Tartu_kinnistusamet, lk 9
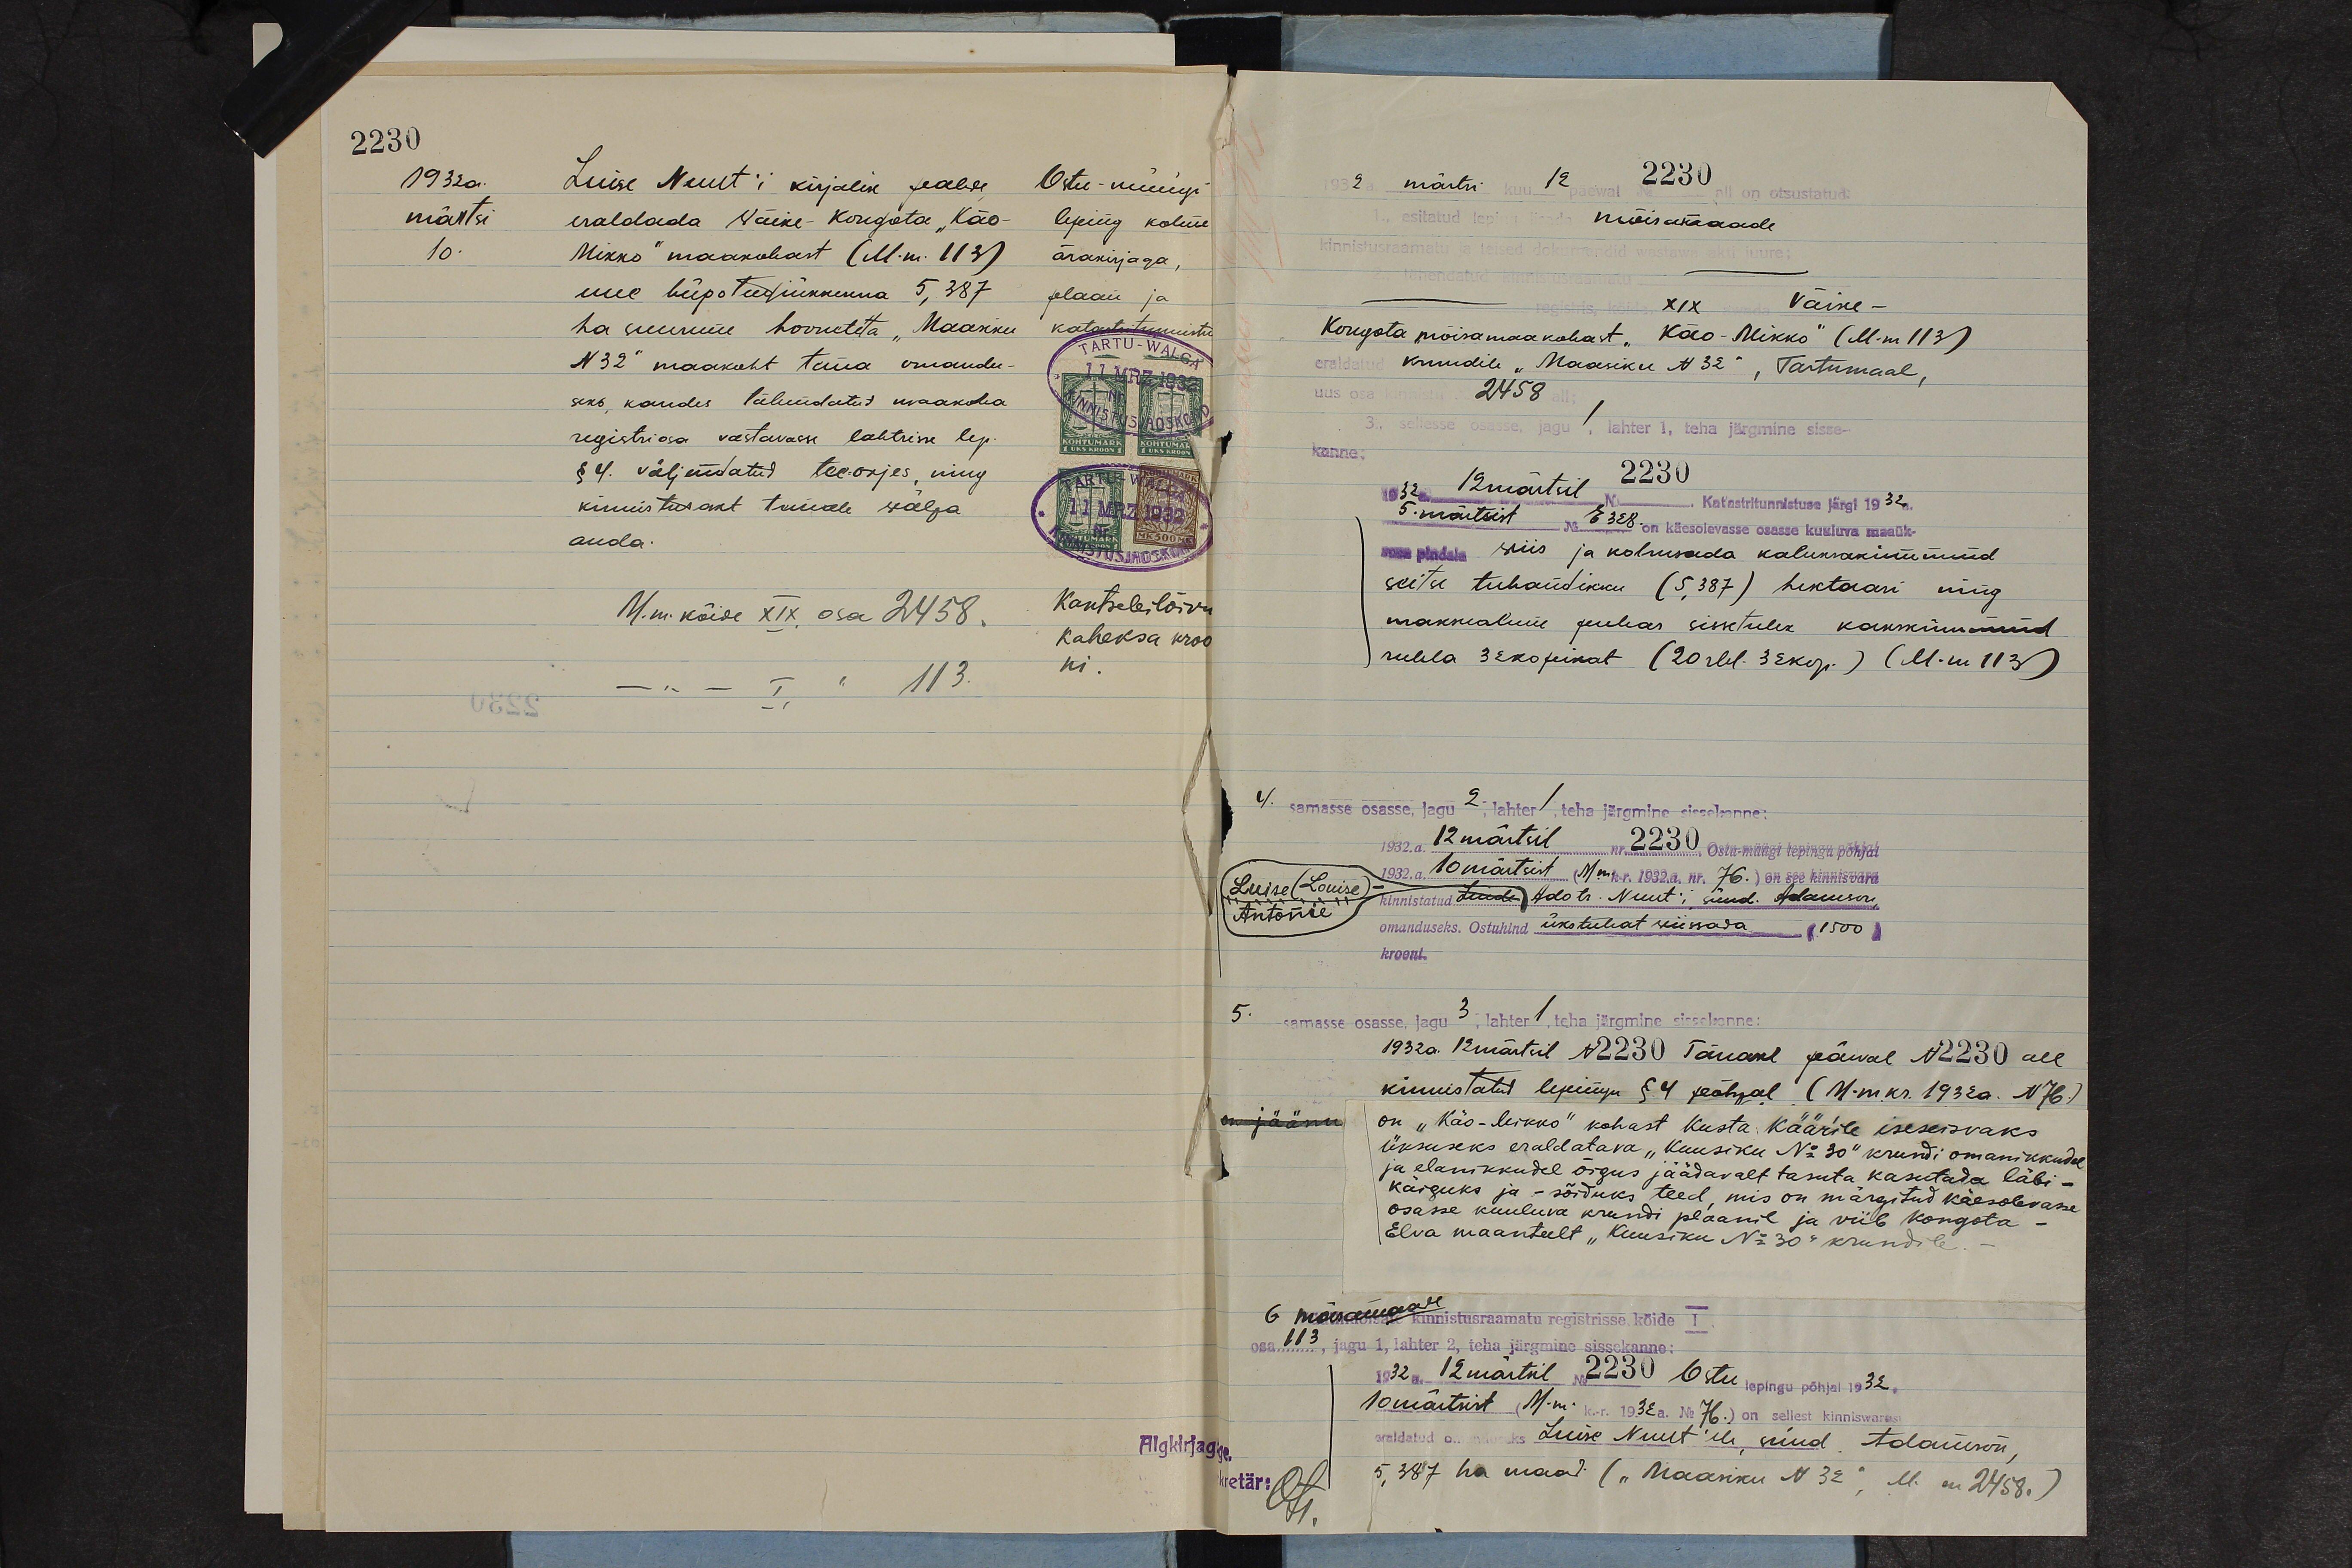
2230
1932a.
märtsi
10.
Luise Nuut'i kirjalik sealses
Ostu-müügi
eraldada Wäike-Kongota "Käo-
leping kolme
Mikko" maakohast (M.nr. 113)
ärakirjaga,
uue hüpoteekuna 5, 387
plaan ja
ha suurune hooneteta. Maasiku
katastritunnistu
N32" maakoht tuua omandu-
seks kandes tähendatud maakoha
registri osa vastavasse lahtrisse lep.
§ 4. väljendatud teo-orjes, ning
kinnistusakt tuuale wälja
anda.
M. nr. kõide XIX, osa 2438.
Kantseleilõivu
kaheksa kroo
ni.
- " - I, " 113.

1932 a. märtsi kuu 12 päewal No 2230 all on otsustatud
1. esitatud leping lisada mõisamaade
kinnistusraamatu ja teised dokumendid wastawa aktsi juure:
2. tähendatud kinnisturaamatu
registris, köide XIX avada Väike -
Kongota mõisamaakohast" Käo-Mikko" (M.nr 113)
eraldatud krundile "Maasiku N 32", Tartumaal,
uus osa kinnistu 2458
3. sellesse osasse, jagu, lahter 1, teha järgmine sisse-
kanne
1932 a. 12 märtsil Nr. 2230 Katastritunnistuse järgi 1932 a.
5. märtsist No. E328. on käesolevasse osasse kuuluva maaük-
suse pindala wiis ja kolmsada kaheksakümmend
seitse tuhandikku (5,387) hektaari ning
maksealune puhas sissetulek kakskümmend
rubla 32 kopikat (20 rbl. 32 kop.) (M. nr 113)
1/. samasse osasse, jagu 2. lahter / teha järamine sissekanne:
1932.a. 12 märtsil nr. 2230. ostu-müügi lepingu põhjal
Luise (Louise)-1932. a. 10 märtsist (M.nr. k.r.1932 nr. 76.) on see kinnisvara
Antonie
"kinnistatud tunde" Ado tr. Nuut'i sünd Adamson,
omanduseks. Ostuhind ükstuhat wiissada (1500)
krooni.
5. samasse osasse, jagu 3, lahter 1, teha järgmine sissekanne:
1932a. 12 märtsil N2230 Tänasel päeval No 2230 all
kinnistatud lepingu § 4 põhjal (M.nr.kr. 1932a. N76)
on jäänu
on "Käo-Mikko" kohast Kusta Käärile iseseisvaks
üksuseks eraldatava "Kuusiku No 30" krundi omanikkudel
ja elanikkudel õigus jäädavalt tasuta kasutada läbi-
käiguks ja - sõiduks teed, mis on märgitud käesolevasse
osasse kuuluva krundi plaanil ja viib kongota-
Elva maanteelt "Kuusiku No 30" krundile.-
6 mõisamaale kinnisturaamatu registrisse köide I.
osa 113 jagu 1, lahter 2, teha järgmine sissekanne:
1932 12 märtsil No 2230 Ostu lepingu põhjal 1932
10 märtsist (M.m. k.-r. 1932a. No 76.) on sellest kinniswarast
eddatud omandiks Luise Nuut'ile nüüd Adamson
5, 287 ha maad ("Мaasiku N32". M. nr 2458.)